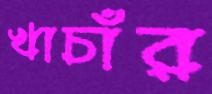
খাচাঁর